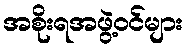
အစိုးရအဖွဲ့ဝင်များ